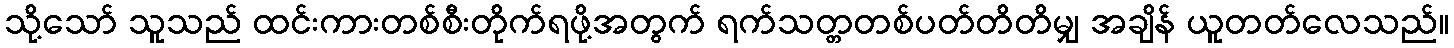
သို့သော် သူသည် ထင်းကားတစ်စီးတိုက်ရဖို့အတွက် ရက်သတ္တတစ်ပတ်တိတိမျှ အချိန် ယူတတ်လေသည်။